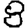
Digit: 8